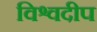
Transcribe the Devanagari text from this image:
विश्वदीप